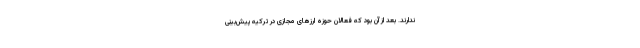
ندارند. بعد از آن بود که فعالان حوزه ارزهای مجازی در ترکیه پیش‌بینی